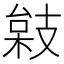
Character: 𢻙